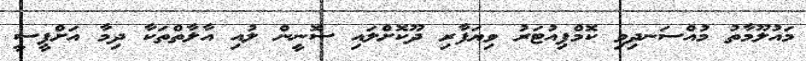
މައުލޫމާތު މުއްސަނދިވި ކޮމްޕިއުޓަރު ވިޔަފާރި ދޫކޮށްލައި ސޮނީން ލުއި އާލާތްތަކާ ދިމާ އަށްޕީސީ